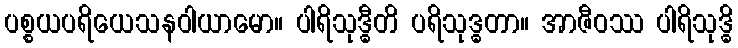
ပစ္စယပရိယေသနဝါယာမော။ ပါရိသုဒ္ဓီတိ ပရိသုဒ္ဓတာ။ အာဇီဝဿ ပါရိသုဒ္ဓိ